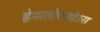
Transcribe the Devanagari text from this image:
हेमातोफगोउस